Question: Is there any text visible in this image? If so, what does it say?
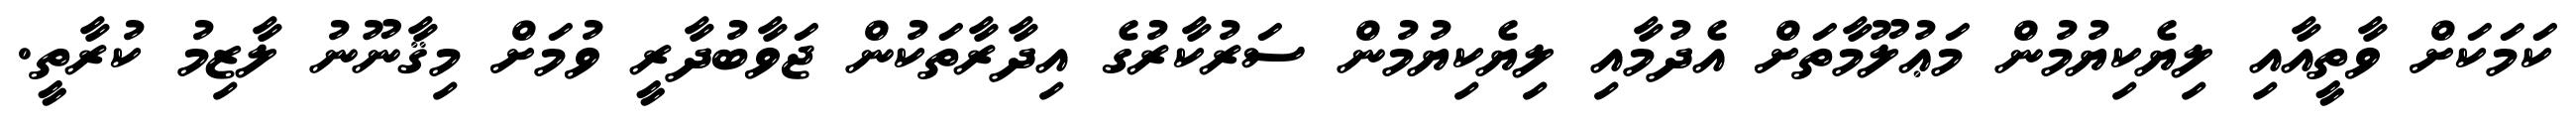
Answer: ކަމަކަށް ވާތީއާއި ލިޔެކިޔުމުން މަޢުލޫމާތަށް އެދުމާއި ލިޔެކިޔުމުން ސަރުކާރުގެ އިދާރާތަކުން ޖަވާބުދާރީ ވުމަށް މިޤާނޫނު ލާޒިމު ކުރާތީ.